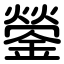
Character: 鎣